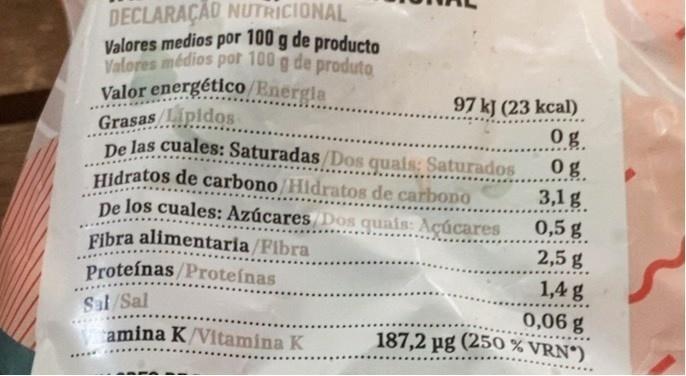
DECLARAÇAO NUTRICIONAL Valores medios por 100 g de producto Valores médios por 100 g de produto Valor energétlco/Energla Grasas/Lipidos De las cuales: Saturadas /Dos quais: Saturados Hidratos de carbono Hidratos de carbono De los cuales: AzúcaresDos quais: Acúcares
97 kJ (23 kcal)
.......
........
0g 0g 3,1 g 0,5 g
.....
Fibra alimentaria/Fibra Proteínas/Proteínas
2,5 g
1,4 g 0,06 g 187,2 pg (250 % VRN°)
Sal/Sal
amina K/Vitamina K
...
.....·